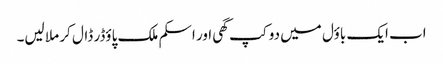
اب ایک باؤل میں دو کپ گھی اور اسکم ملک پاؤڈر ڈال کر ملا لیں۔